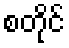
စတိုင်